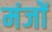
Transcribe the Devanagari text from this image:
मंजों